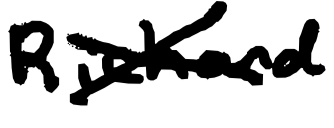
Text: Richard
Cross-out: cross
Writing tool: digital_black